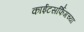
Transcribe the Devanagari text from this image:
काईटसर्फिंगच्या